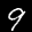
Label: 9